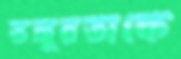
ভঙ্গুরতাকে